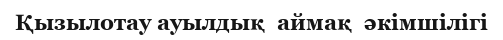
Қызылотау ауылдық  аймақ  әкімшілігі